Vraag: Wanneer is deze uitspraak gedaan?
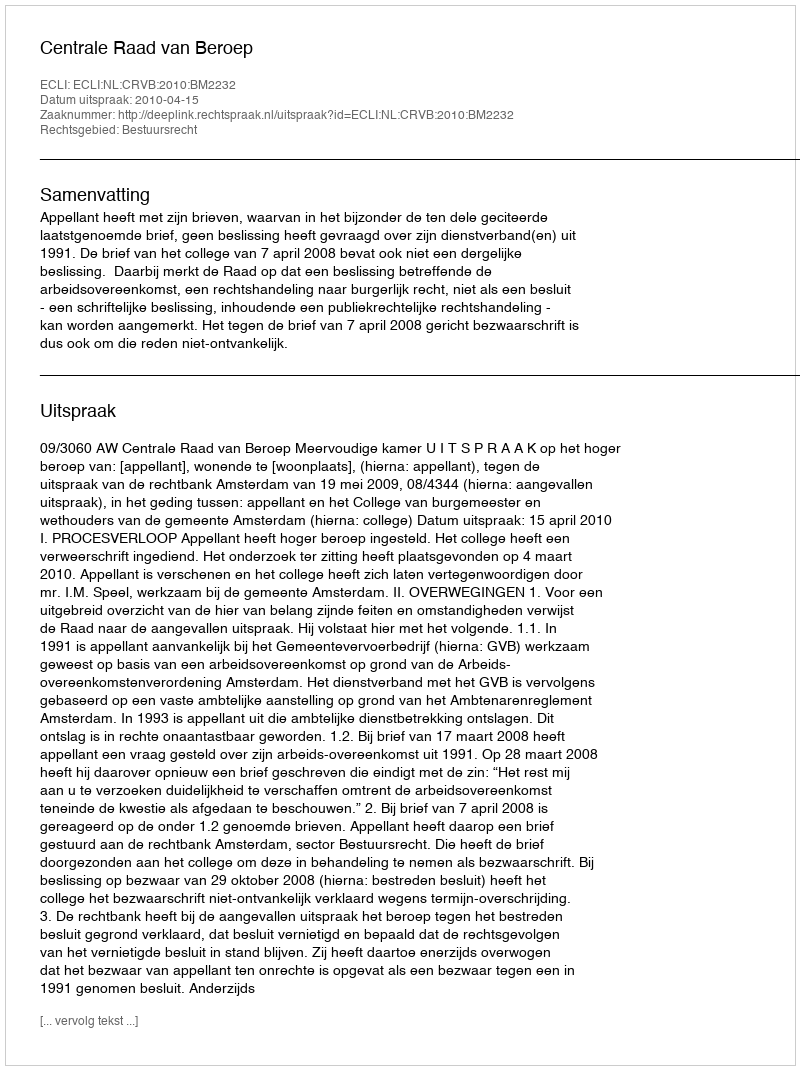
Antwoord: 2010-04-15